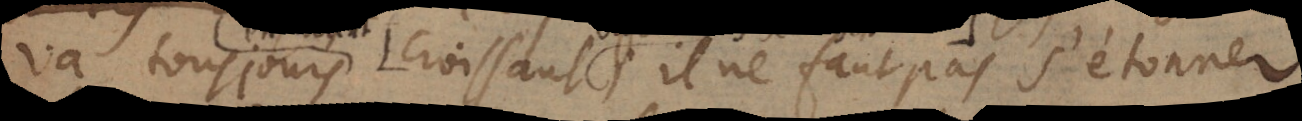
va toujours croissant il ne faut pas s’étonner